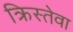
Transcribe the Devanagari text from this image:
क्रिस्तेवा